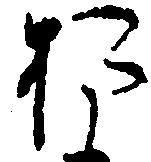
お